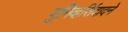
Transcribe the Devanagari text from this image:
युनिव्हर्सिदादने